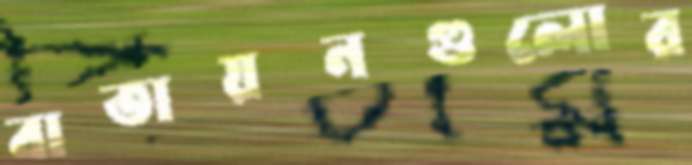
বাতায়নগুলোর